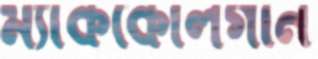
ম্যাককোলগান